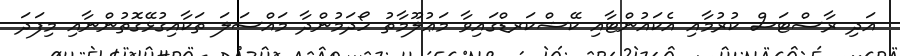
އަދި ރާސްޓަސް ކުރުމާއި އެކައުންޓާއި ކޭޝްކަރޑްގައިވާ މަޢުލޫމާތު ހޯދަމުންދާ މައްސަލަ ތަކާއިގުޅޭގޮތުންނާއި މިފަދަ